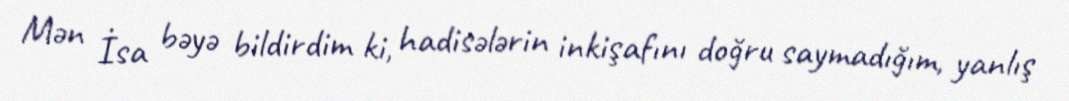
Mən İsa bəyə bildirdim ki, hadisələrin inkişafını doğru saymadığım, yanlış